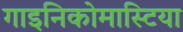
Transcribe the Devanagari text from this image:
गाइनिकोमास्टिया